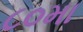
૮૦મા